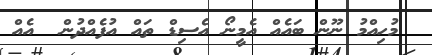
މުހިއްމު ނޫން ބައެއް އެމީނޯ އެސިޑް ތައް އުފެއްދުން  އެއް